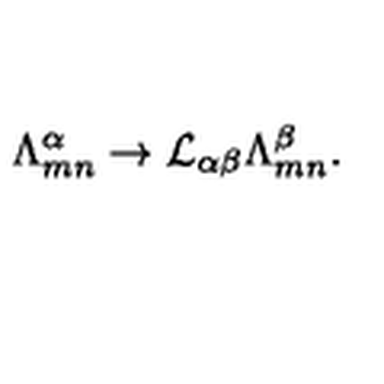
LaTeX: { \Lambda } _ { m n } ^ { \alpha } \rightarrow { \cal L } _ { \alpha \beta } { \Lambda } _ { m n } ^ { \beta } .